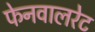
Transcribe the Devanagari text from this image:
फेनवालरेट